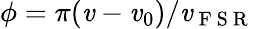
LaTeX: \phi=\pi(\mathit{v}-\mathit{v}_{0})/\mathit{v}_{\mathrm{{~F~S~R~}}}